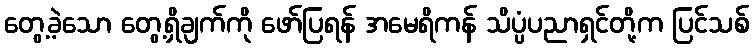
တွေ့ခဲ့သော တွေ့ရှိချက်ကို ဖော်ပြရန် အမေရိကန် သိပ္ပံပညာရှင်တို့က ပြင်သစ်